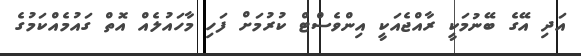
އަދި އޭގެ ބޭނުމަކީ ރާއްޖެއަކީ އިންވެސްޓް ކުރުމަށް ފަހި މާހައުލެއް އޮތް ގައުމެއްކަމުގެ